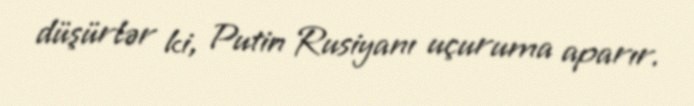
düşürlər ki, Putin Rusiyanı uçuruma aparır.